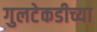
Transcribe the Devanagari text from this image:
गुलटेकडीच्या